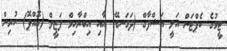
ޓީމުގެ ކެޕްޓަން އަލީ އަޝްފާގް (ދަގަނޑޭ) އާއި އިބްރާހިމް ފަޒީލް (އޮއްޕޮ) ކުރިން